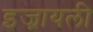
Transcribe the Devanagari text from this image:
इज्रायली